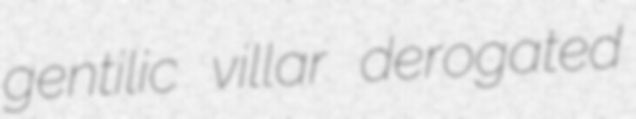
gentilic villar derogated